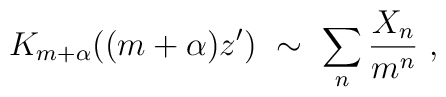
K_{m+\alpha}((m+\alpha)z')\ \sim\ \sum_n \frac{X_n}{m^n}\ ,